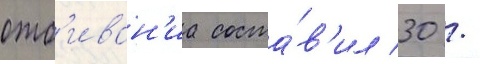
отб'иван'иа соста́в'ил 30 /